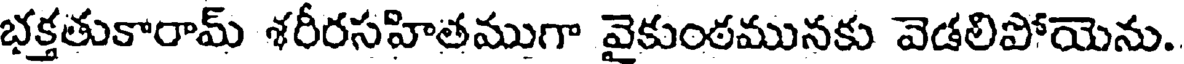
భక్తతుకారామ్ శరీరసహితముగా వైకుంఠమునకు వెడలిపోయెను.